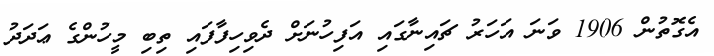
އެގޮތުން 1906 ވަނަ އަހަރު ޗައިނާގައި އަފިހުނަށް ދެވިހިފާފައި ތިބި މީހުންގެ ޢަދަދު